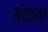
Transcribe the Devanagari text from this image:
बोइता